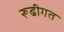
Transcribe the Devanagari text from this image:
रूढीगत